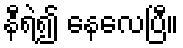
နီရဲ၍ နေလေပြီ။